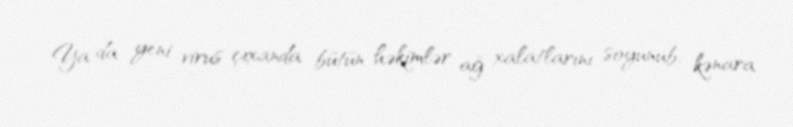
Ya da yeni virus çıxanda bütün həkimlər ağ xalatlarını soyunub, kənara